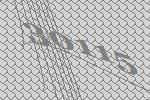
30115